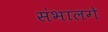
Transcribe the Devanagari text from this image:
संभालगे